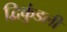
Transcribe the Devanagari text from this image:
द्विकुंडली